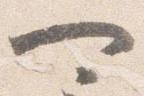
可